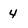
Character: 4